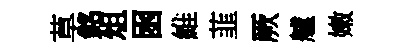
草銘俎囦維韮厥艫嫩